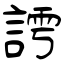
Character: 謣